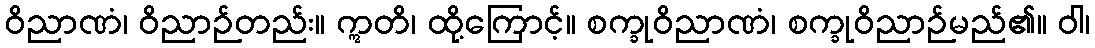
ဝိညာဏံ၊ ဝိညာဉ်တည်း။ ဣတိ၊ ထို့ကြောင့်။ စက္ခုဝိညာဏံ၊ စက္ခုဝိညာဉ်မည်၏။ ဝါ၊